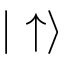
| \uparrow \rangle